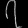
Digit: ၇